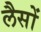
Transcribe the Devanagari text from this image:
लैसों